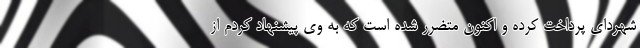
شهردای پرداخت کرده و اکنون متضرر شده است که به وی پیشنهاد کردم از